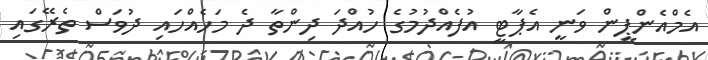
އެމްއެންޕީން ވަނީ އެޕާޓީ އުފެއްދުމުގެ ހުއްދަ ދިންތާ ދެ މަހެއްހައި ދުވަސް ތެރޭގައި